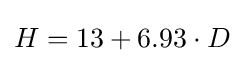
H=13+6{.}93\cdot D